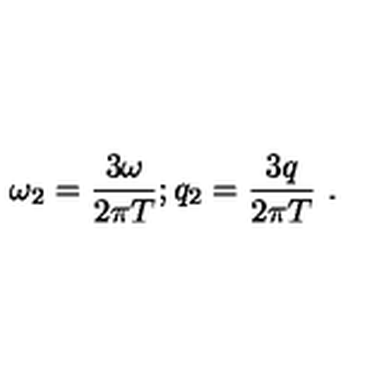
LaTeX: \omega _ { 2 } = \frac { 3 \omega } { 2 \pi T } ; q _ { 2 } = \frac { 3 q } { 2 \pi T } \ .